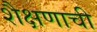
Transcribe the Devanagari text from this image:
शैक्षणाची